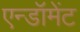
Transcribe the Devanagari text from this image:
एन्‍डॉमेंट